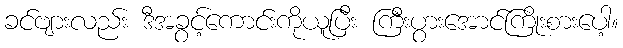
ခင်ဗျားလည်း ဒီအခွင့်ကောင်းကိုယူပြီး ကြီးပွားအောင်ကြိုးစားပေါ့။